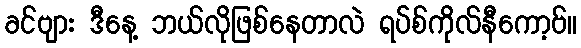
ခင်ဗျား ဒီနေ့ ဘယ်လိုဖြစ်နေတာလဲ ရပ်စ်ကိုလ်နီကော့ဗ်။